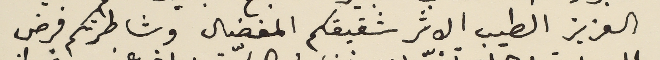
العزيز الطيب الاثر شقيقكم المفضال وشاطرتكم فرض